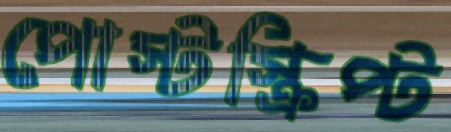
পোস্টস্ক্রিপ্ট